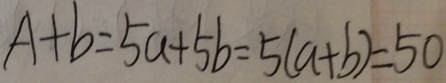
A + b = 5 a + 5 b = 5 ( a + b ) = 5 0